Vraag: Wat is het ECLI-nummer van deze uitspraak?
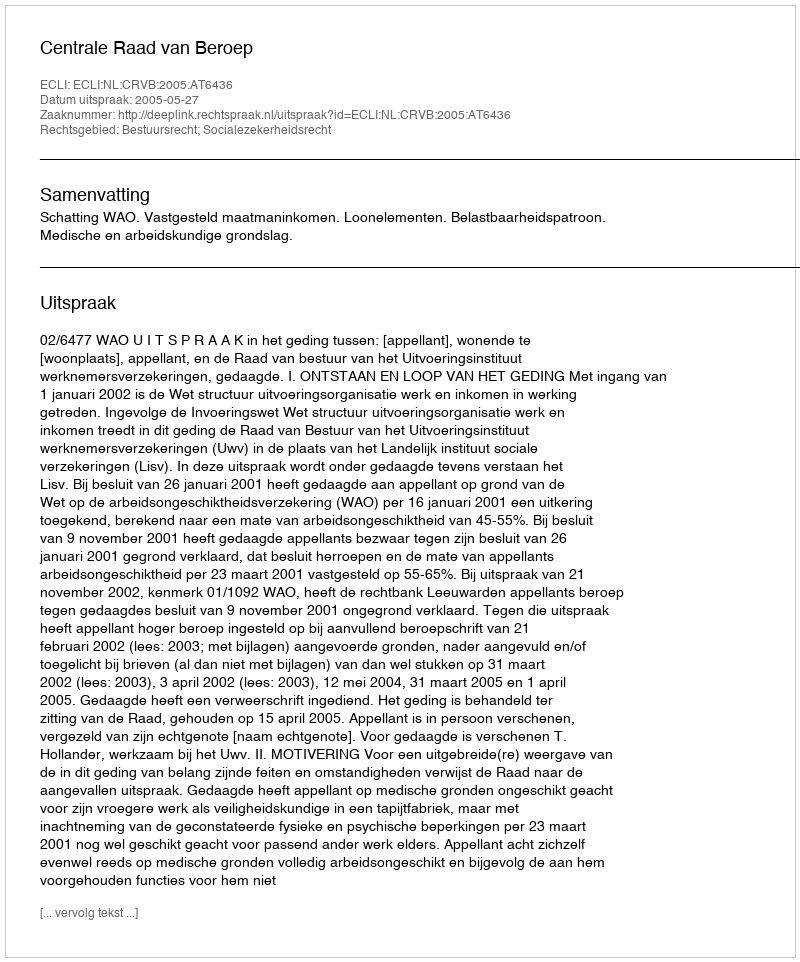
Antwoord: ECLI:NL:CRVB:2005:AT6436